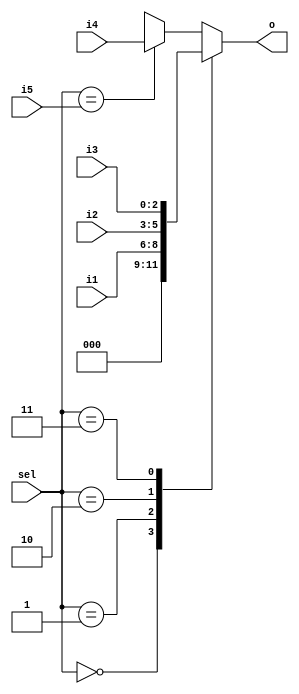
// We don't (currently) support a case statement where both the case select
// and one or more case items are variables in asynchronous logic synthesis.
// Check the compiler handles and rejects this code.
module mux(

input wire [2:0] sel,
input wire [2:0] i1,
input wire [2:0] i2,
input wire [2:0] i3,
input wire [2:0] i4,
input wire [2:0] i5,
output reg [2:0] o

);

(* ivl_synthesis_on *)
always @* begin
  case (sel)
    0 : o = 0;
    1 : o = i1;
    2 : o = i2;
    3 : o = i3;
   i5 : o = i4;
   default:
     o = 3'bx;
  endcase
end
(* ivl_synthesis_off *)

initial $display("PASSED");

endmodule